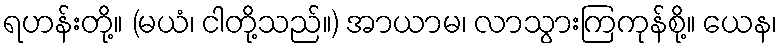
ရဟန်းတို့။ (မယံ၊ ငါတို့သည်။) အာယာမ၊ လာသွားကြကုန်စို့။ ယေန၊